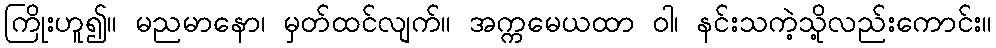
ကြိုးဟူ၍။ မညမာနော၊ မှတ်ထင်လျက်။ အက္ကမေယထာ ဝါ၊ နင်းသကဲ့သို့လည်းကောင်း။